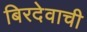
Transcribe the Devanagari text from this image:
बिरदेवाची